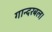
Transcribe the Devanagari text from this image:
गान्दरबल।